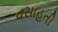
વસાહતી